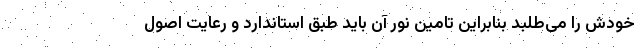
خودش را می‌طلبد بنابراین تامین نور آن باید طبق استاندارد و رعایت اصول